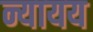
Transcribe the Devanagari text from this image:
न्यायय